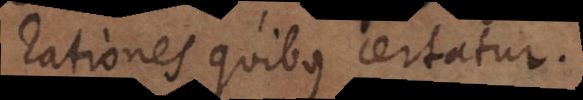
rationes quibus certatur.